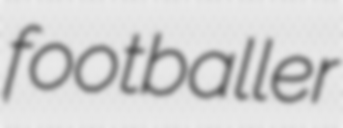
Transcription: footballer